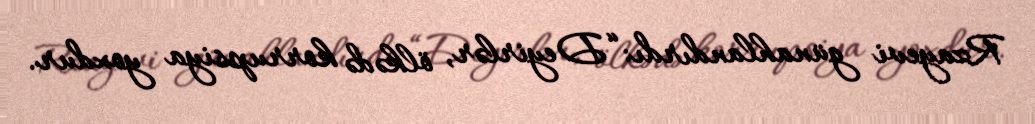
Rzayevi günahlandırdı: “Deyirlər, ölkədə korrupsiya yoxdur.